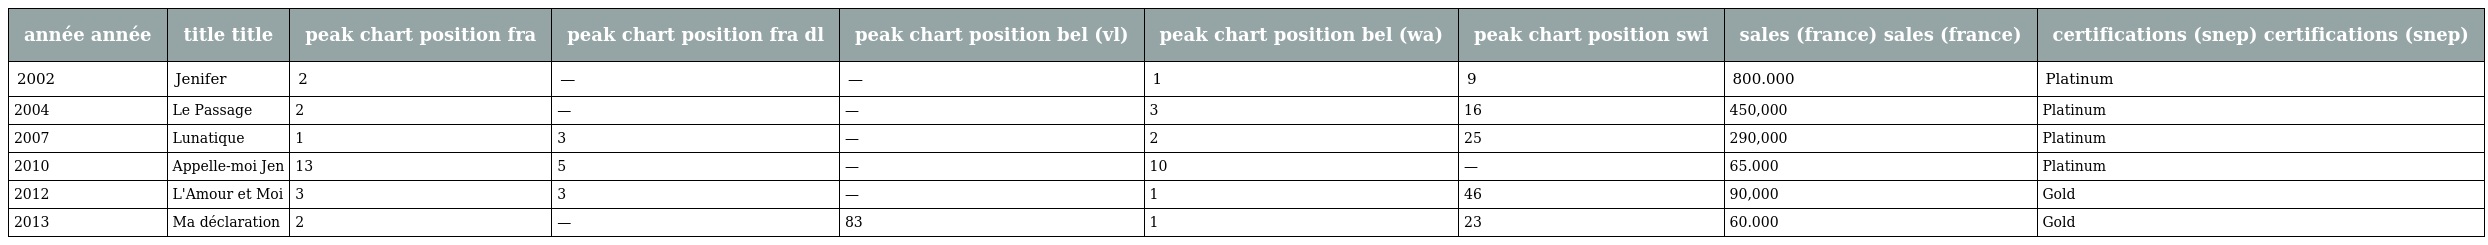
| année année | title title | peak chart position fra | peak chart position fra dl | peak chart position bel (vl) | peak chart position bel (wa) | peak chart position swi | sales (france) sales (france) | certifications (snep) certifications (snep) |
 | --- | --- | --- | --- | --- | --- | --- | --- | --- |
 | 2002 | Jenifer | 2 | — | — | 1 | 9 | 800.000 | Platinum |
 | 2004 | Le Passage | 2 | — | — | 3 | 16 | 450,000 | Platinum |
 | 2007 | Lunatique | 1 | 3 | — | 2 | 25 | 290,000 | Platinum |
 | 2010 | Appelle-moi Jen | 13 | 5 | — | 10 | — | 65.000 | Platinum |
 | 2012 | L'Amour et Moi | 3 | 3 | — | 1 | 46 | 90,000 | Gold |
 | 2013 | Ma déclaration | 2 | — | 83 | 1 | 23 | 60.000 | Gold |